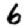
Digit: 6